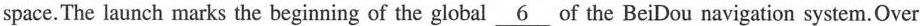
space.The launch marks the beginning of the global \underline{6} of the BeiDou navigation system.Over